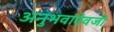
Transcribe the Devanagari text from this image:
अनुभवांऐवजी